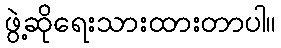
ဖွဲ့ဆိုရေးသားထားတာပါ။